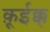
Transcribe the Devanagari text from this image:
क़ूईक्क्